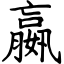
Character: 嬴